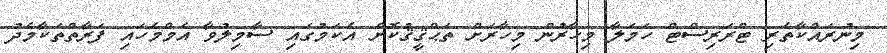
މިނުރައްކާތެރި ޓްރަރިސްޓް ހަމަލާ މިހާރުން މިހާރަށް ތަޙްޤީޤުކޮށް އެކަމުގައި ސާމިލުވާ އެމްމެހައި ފަރާތްތަކާމެދު